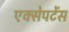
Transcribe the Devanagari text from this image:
एक्सेपटेंस